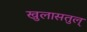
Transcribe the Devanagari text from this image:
खुलासतुल्